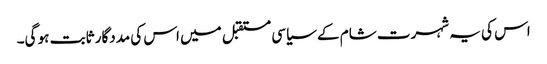
اس کی یہ شہرت شام کے سیاسی مستقبل میں اس کی مددگار ثابت ہو گی۔